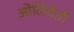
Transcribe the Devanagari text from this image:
ओलिवेती